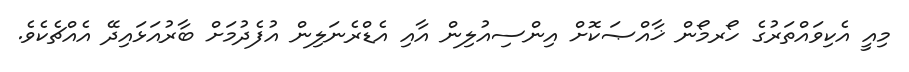
މިއީ އެކިވައްތަރުގެ ހޯރމޯން ޚާއްޞަކޮށް އިންސިއުލިން އާއި އެޑްރެނަލިން އުފެދުމަށް ބާރުއަޅައިދޭ އެއްޗެކެވެ.